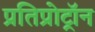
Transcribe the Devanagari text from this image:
प्रतिप्रोट्रॉन